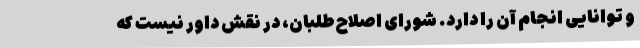
و توانایی انجام آن را دارد. شورای اصلاح‌طلبان، در نقش داور نیست که